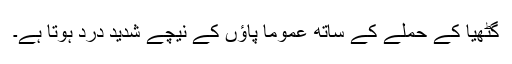
گٹھیا کے حملے کے ساتھ عموماً پاؤں کے نیچے شدید درد ہوتا ہے۔